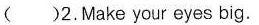
()2.Make your eyes big.